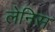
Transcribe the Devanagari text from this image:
लेनिस